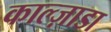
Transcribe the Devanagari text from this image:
काल्ज़ाडा